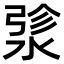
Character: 𬈄